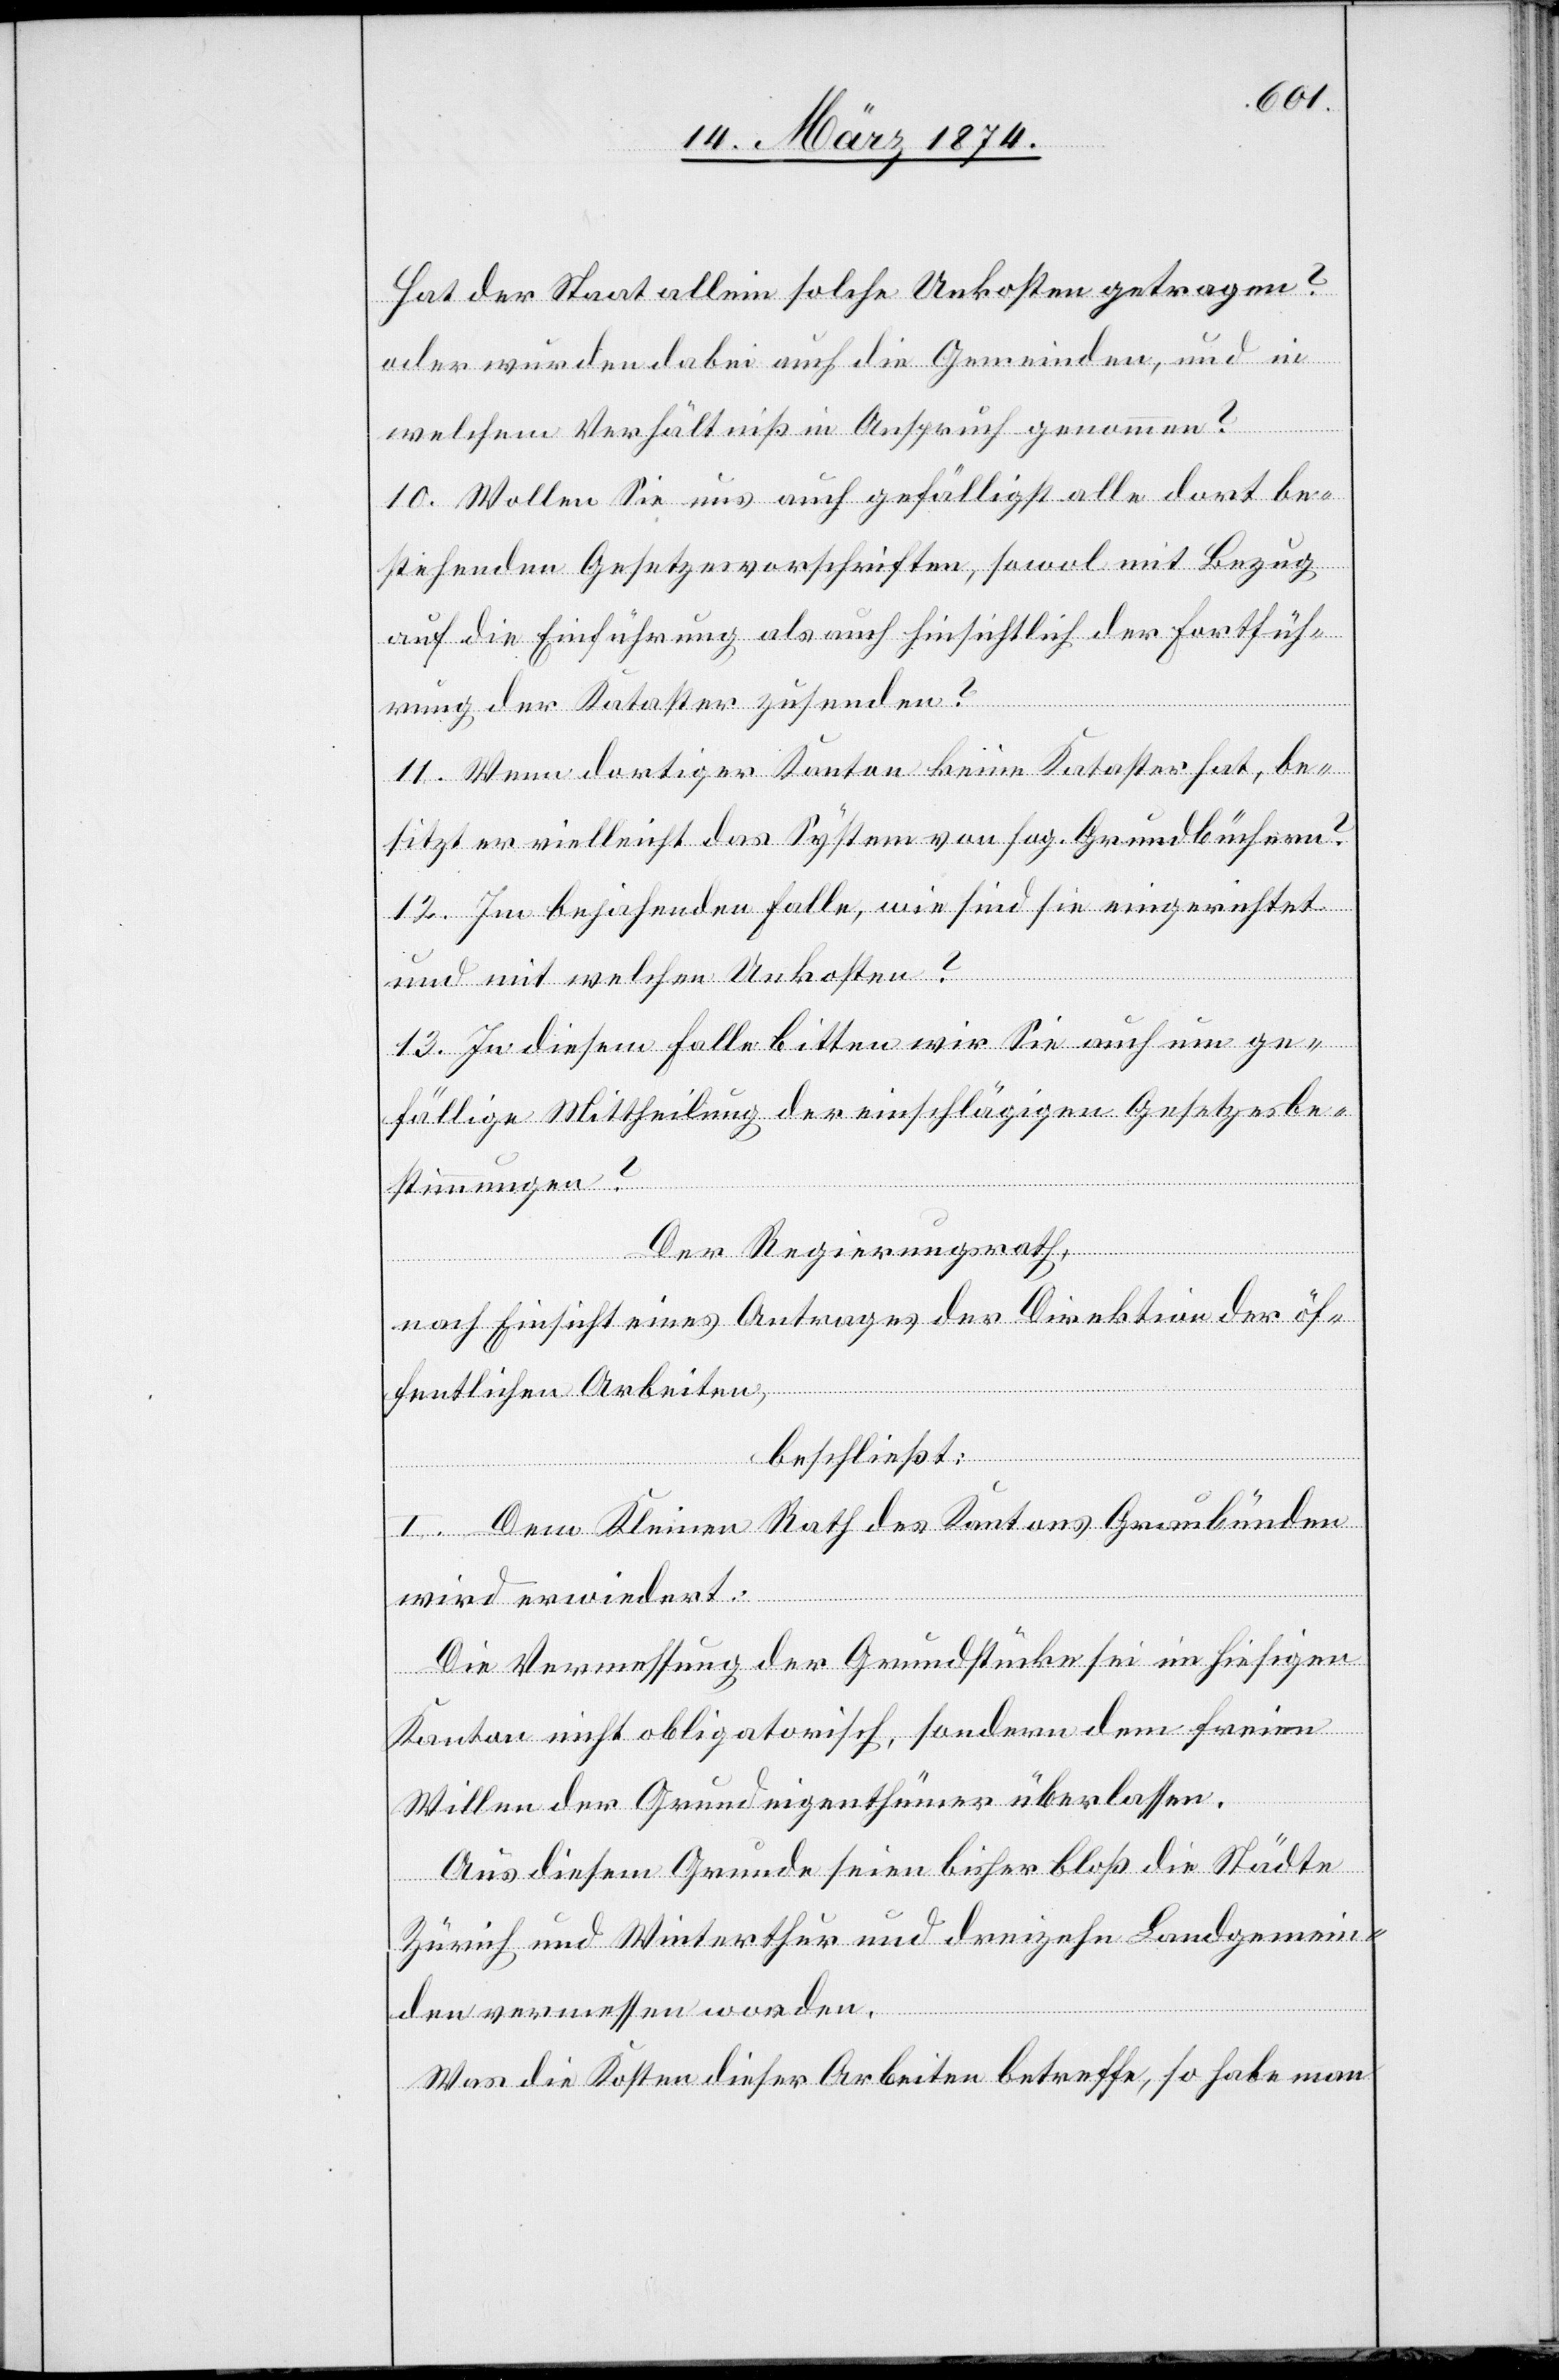
Hat der Staat allein solche Unkosten getragen?
oder würden dabei auch die Gemeinden, und in
welchem Verhältniß in Anspruch genommen?
10. Wollen sie uns auch gefälligst alle dort be¬
stehenden Gesetzesvorschriften, sowol mit Bezug
auf die Einführung als auch hinsichtlich der Fortfüh¬
rung der Kataster zusenden?
11. Wenn dortiger Kanton keine Kataster hat, be¬
sitzt er vielleicht das System von sog. Grundbüchern?
12. Im bejahenden Falle, wie sind sie eingerichtet
und mit welchen Unkosten?
13. In diesem Falle bitten wir sie auch um ge¬
fällige Mittheilung der einschlägigen Gesetzesbe¬
stimmungen?
Der Regierungsrath,
nach Einsicht eines Antrages der Direktion der öf¬
fentlichen Arbeiten,
beschließt:
I. Dem kleinen Rath des Kantons Graubünden
wird erwiedert:
Die Vermessung der Grundstücke sei im hiesigen
Kanton nicht obligatorisch, sondern dem freien
Willen der Grundeigenthümer überlassen.
Aus diesem Grunde seien bisher bloß die Städte
Zürich und Winterthur und dreizehn Landgemein¬
den vermessen worden.
Was die Kosten dieser Arbeiten betreffe, so habe man